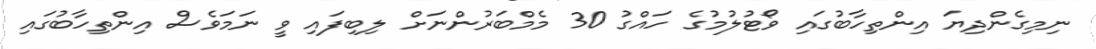
ނިމިގެންދިޔަ އިންތިހާބުގައި ވޯޓުލުމުގެ ހައްގު 30 މެމްބަރުންނަށް ލިބިފައި ވީ ނަމަވެސް އިންތިހާބުގައި